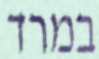
במרד